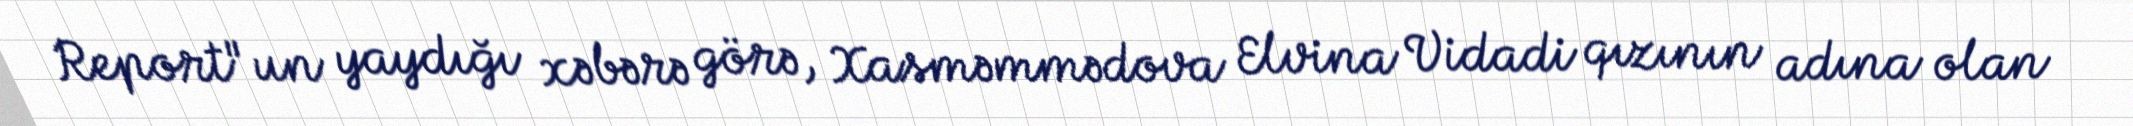
Report"un yaydığı xəbərə görə, Xasməmmədova Elvina Vidadi qızının adına olan